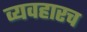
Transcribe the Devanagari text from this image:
व्यवहारच